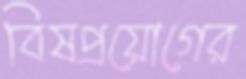
বিষপ্রয়োগের